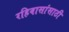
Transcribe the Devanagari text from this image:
रहिवासांसाठी